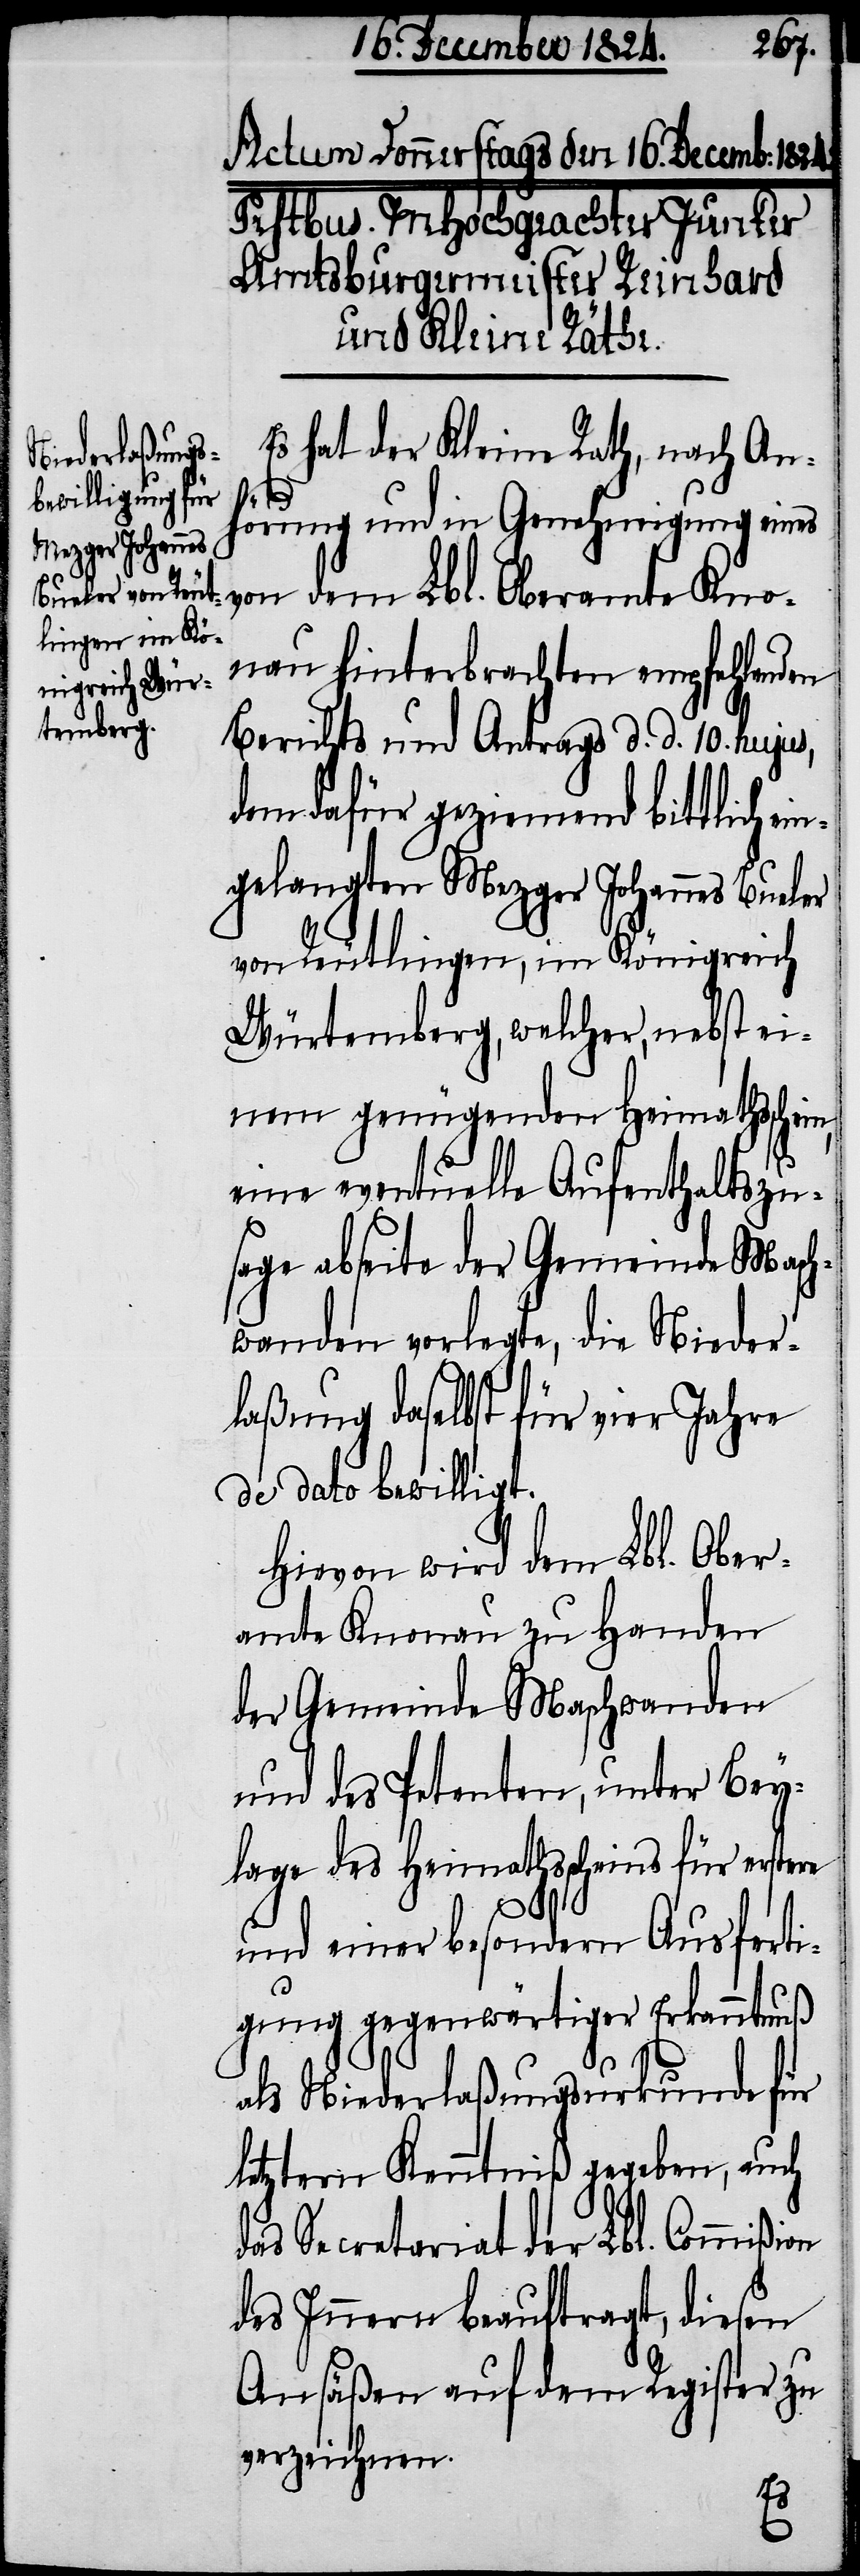
Es hat der Kleine Rath, nach An¬
hörung und in Genehmigung eines
von dem Lbl. Oberamte Kno¬
nau hinterbrachten empfehlenden
Berichts und Antrags d. d. 10. hujus,
dem dafür geziemend bittlich ei¬
ngelangten Mezger Johannes Bueler
von Reutlingen, im Königreich
Würtemberg, welcher, nebst ei¬
nem genügenden Heimathsschein,
eine eventuelle Aufenthaltszu¬
sage abseite der Gemeinde Masch¬
wanden verlegte, die Nieder¬
laßung daselbst für vier Jahre
de dato bewilligt.
Hievon wird dem Lbl. Ober¬
amte Knonau zu Handen
der Gemeinde Maschwanden
und des Petenten, unter Bey¬
lage des Heimathscheins für erstere
und einer besondern Ausferti¬
gung gegenwärtiger Erkanntnuß
als Niederlaßungsurkunde für
letztern Kenntniß gegeben, auch
das Secretariat der Lbl. Commißion
des Innern beauftragt, diesen
Ansäßen auf dem Register zu
verzeichnen.